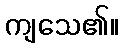
ကျသေ၏။